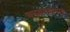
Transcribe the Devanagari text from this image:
बनवण्यामागे